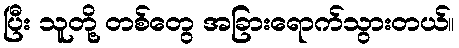
ပြီး သူတို့ တစ်တွေ အခြားရောက်သွားတယ်။